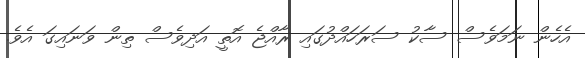
އެހެން ނަމަވެސް ސާކު ސަރަހައްދުގައި ރާއްޖެ އޮތީ އަދިވެސް ތިން ވަނައިގަ އެވެ.